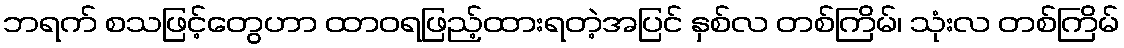
ဘရက် စသဖြင့်တွေဟာ ထာဝရဖြည့်ထားရတဲ့အပြင် နှစ်လ တစ်ကြိမ်၊ သုံးလ တစ်ကြိမ်